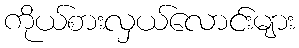
ကိုယ်စားလှယ်လောင်းများ